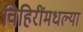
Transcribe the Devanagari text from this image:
विहिरींमधल्या